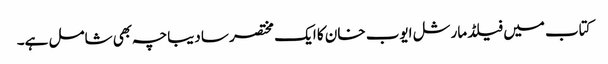
کتاب میں فیلڈ مارشل ایوب خان کا ایک مختصر سا دیباچہ بھی شامل ہے۔